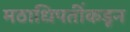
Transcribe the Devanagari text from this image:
मठाधिपतींकडून